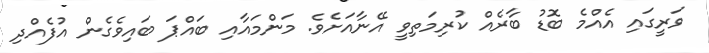
ވަރީގައި އެއްމެ ބޮޑު ބާރެއް ކުރިމަތިވީ އޭނާއަށެވެ. މަންމައާއި ބައްޕަ ބައިވެގެން އުފެއްދި